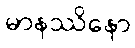
မာနဿိနော